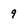
Character: 9